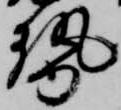
勢